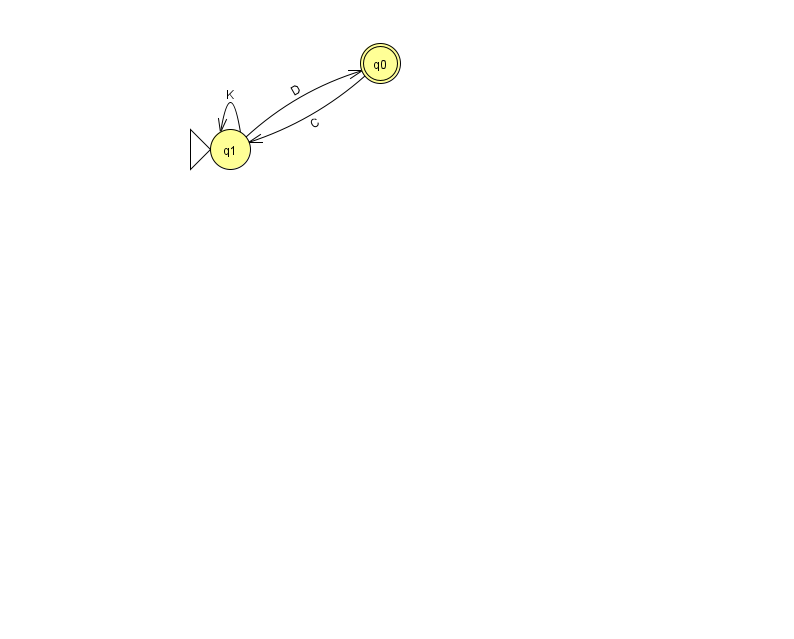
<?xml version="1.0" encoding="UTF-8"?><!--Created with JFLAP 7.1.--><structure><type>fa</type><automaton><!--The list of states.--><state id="0" name="q0"><x>380.0</x><y>50.0</y><final/></state><state id="1" name="q1"><x>230.0</x><y>136.0</y><initial/></state><!--The list of transitions.--><transition><from>0</from><to>1</to><read>C</read></transition><transition><from>1</from><to>0</to><read>D</read></transition><transition><from>1</from><to>1</to><read>K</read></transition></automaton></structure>